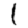
Digit: 1